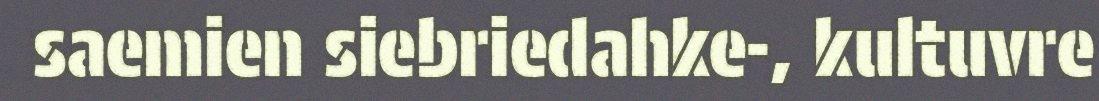
saemien siebriedahke-, kultuvre